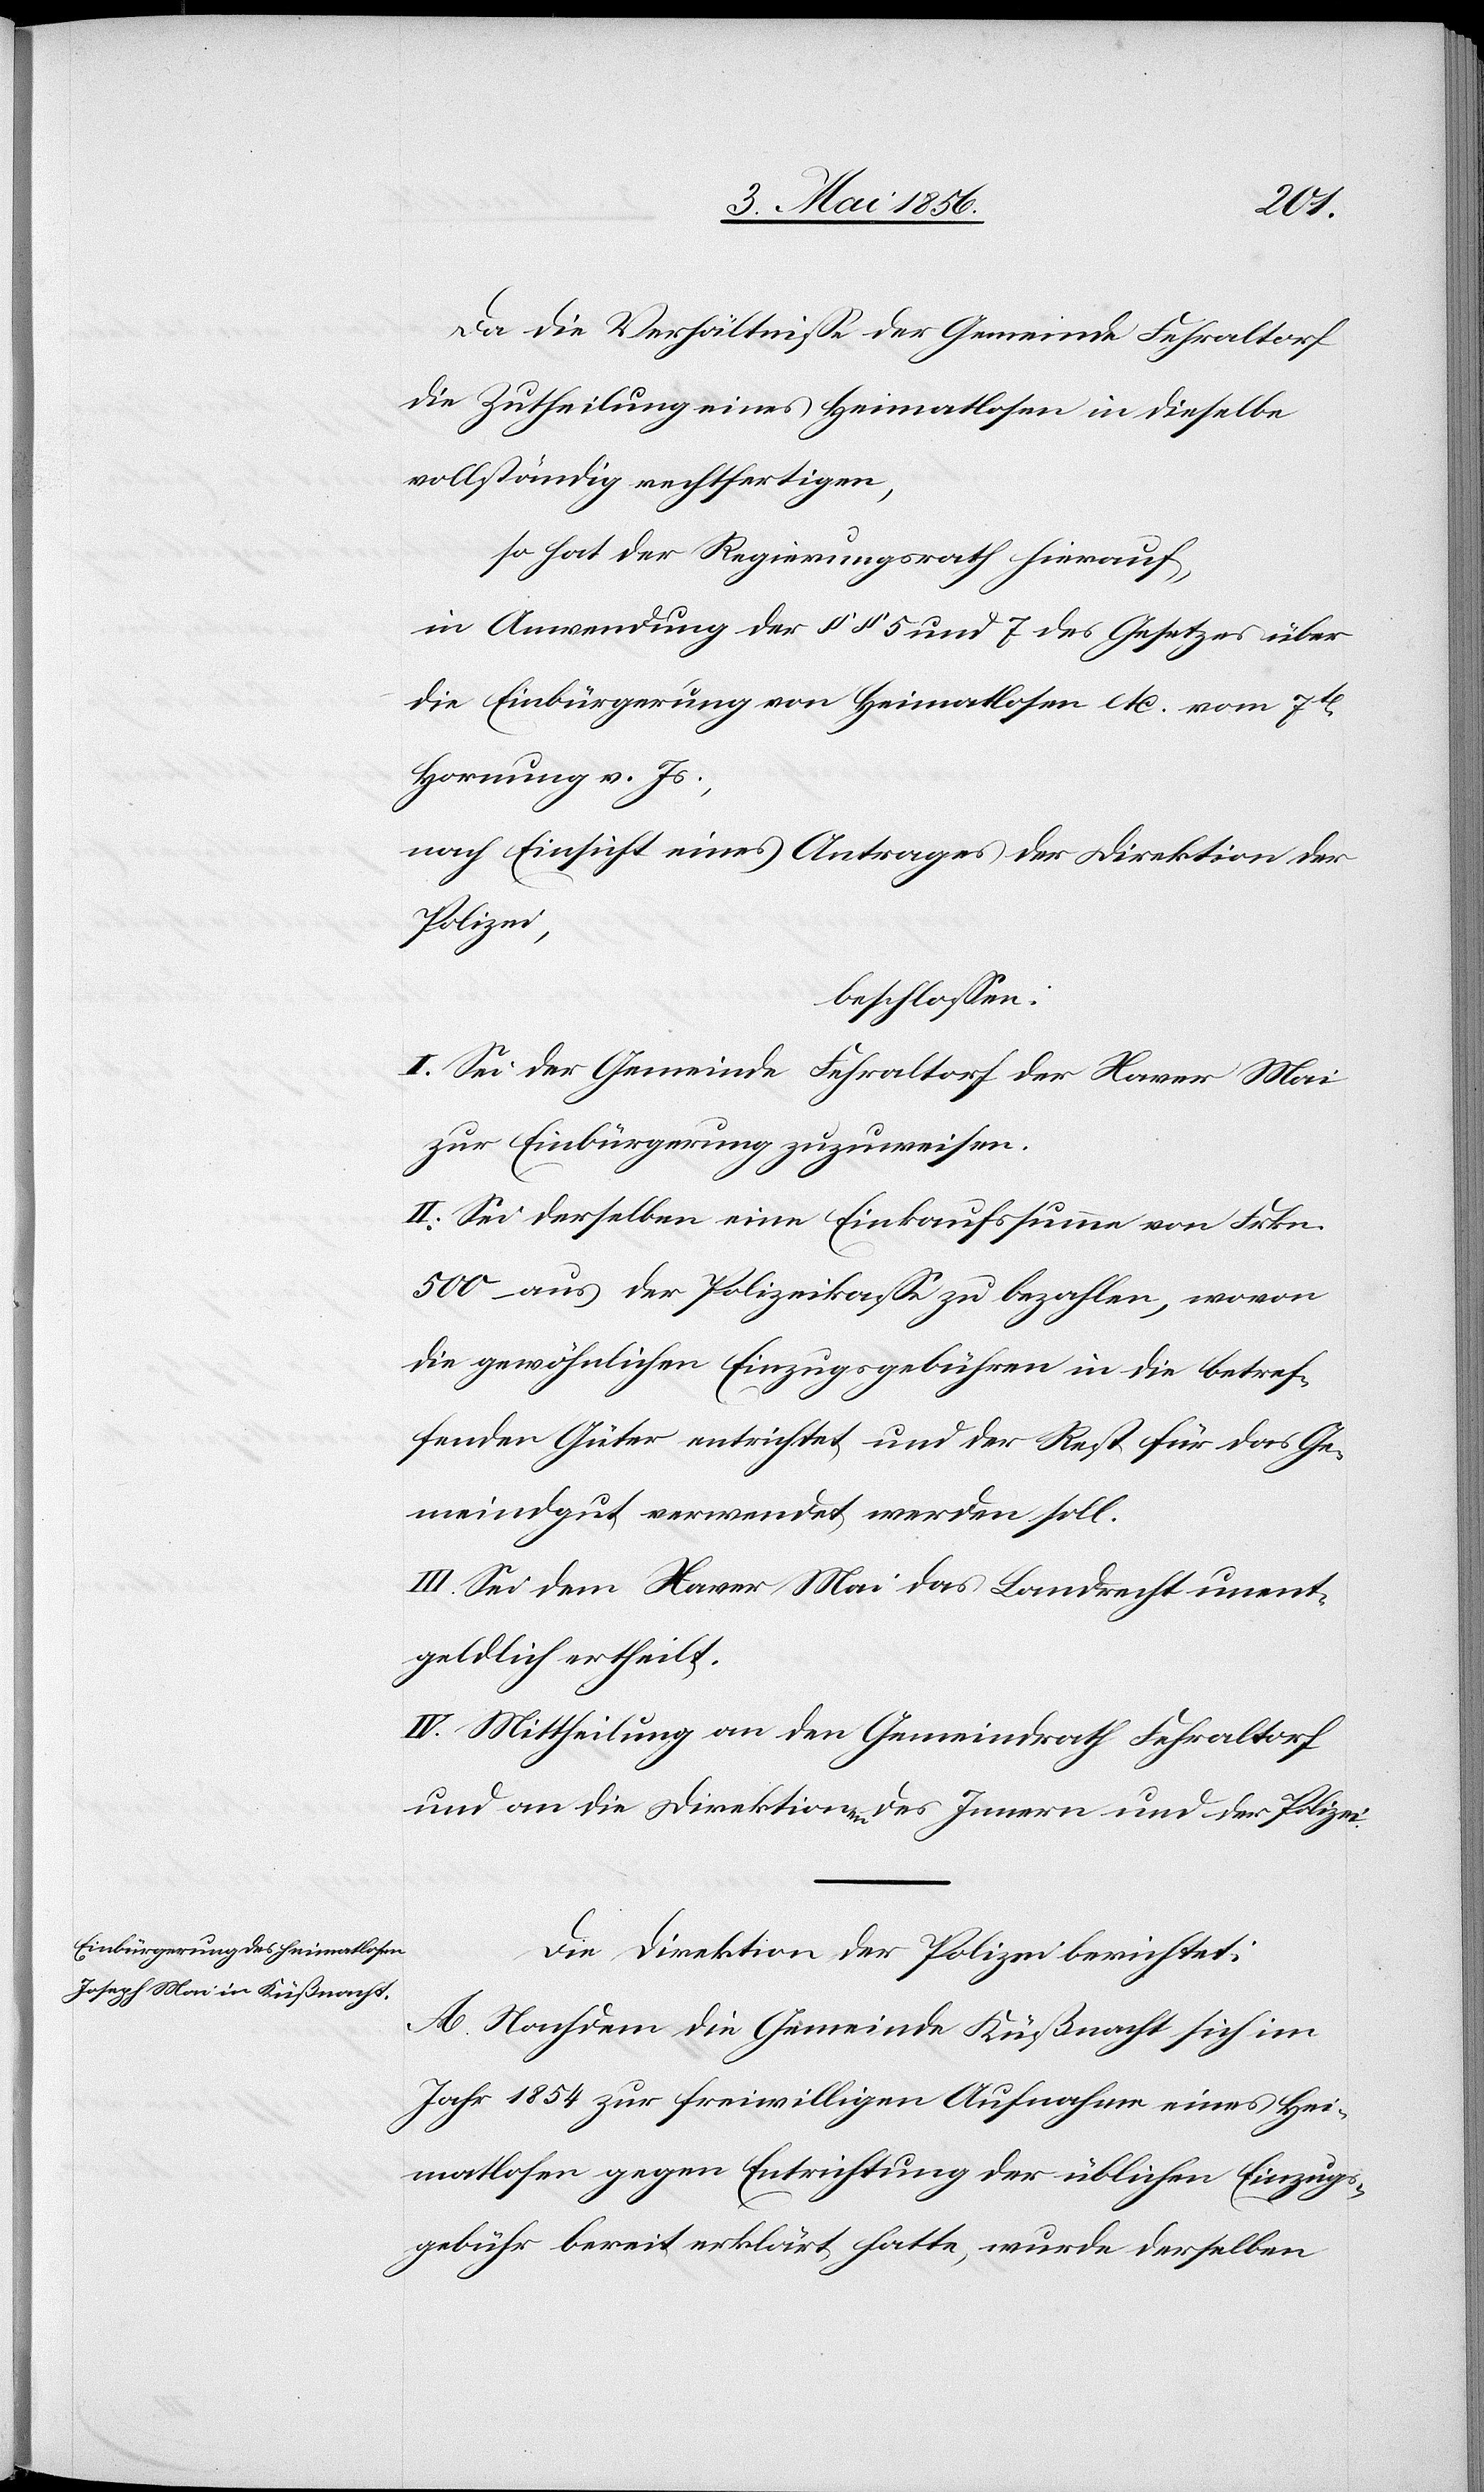
Da die Verhältnisse der Gemeinde Fehraltorf
die Zutheilung eines Heimatlosen in dieselbe
vollständig rechtfertigen,
so hat der Regierungsrath hierauf,
in Anwendung der §§ 5 und 7 des Gesetzes über
die Einbürgerung von Heimatlosen etc. vom 7t
Hornung v. Js.,
nach Einsicht eines Antrages der Direktion der
Polizei,
beschlossen:
I. Sei der Gemeinde Fehraltorf der Xaver Mai
zur Einbürgerung zuzuweisen.
II. Sei derselben eine Einkaufssumme von Frkn.
500 aus der Polizeikasse zu bezahlen, wovon
die gewöhnlichen Einzugsgebühren in die betref¬
fenden Güter entrichtet und der Rest für das Ge¬
meindgut verwendet werden soll.
III. Sei dem Xaver Mai das Landrecht unent¬
geldlich ertheilt.
IV. Mittheilung an den Gemeindrath Fehraltorf
und an die Direktionen des Innern und der Polizei.
Die Direktion der Polizei berichtet:
A. Nachdem die Gemeinde Küßnacht sich im
Jahr 1854 zur freiwilligen Aufnahme eines Hei¬
matlosen gegen Entrichtung der üblichen Einzugs¬
gebühr bereit erklärt hatte, wurde derselben